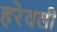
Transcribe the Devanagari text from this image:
हरेवली